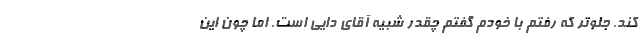
کند. جلوتر که رفتم با خودم گفتم چقدر شبیه آقای دایی است. اما چون این